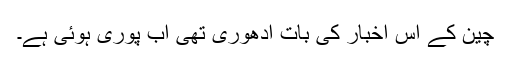
چین کے اس اخبار کی بات ادھوری تھی اب پوری ہوئی ہے۔